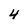
Character: 4